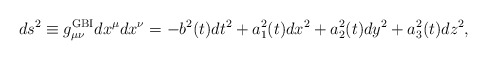
\begin{align*}ds^2 \equiv g^{\rm GBI}_{\mu\nu} dx^\mu dx^\nu = -b^2 (t) dt^2 + {a_1^2}(t) dx^2+a_2^2(t) dy^2 + a_3^2 (t) dz^2, \end{align*}